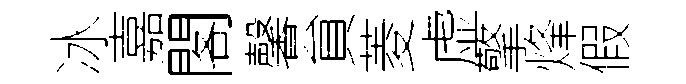
冰嘉閣馨貟菱虚擎烽假